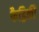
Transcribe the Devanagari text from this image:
फैड्रिकी